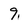
Character: 9